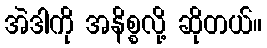
အဲဒါကို အနိစ္စလို့ ဆိုတယ်။